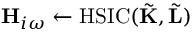
\mathbf { H } _ { i \omega } \gets \mathrm { H S I C } ( \tilde { \mathbf { K } } , \tilde { \mathbf { L } } )